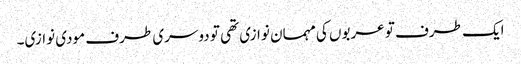
ایک طرف تو عربوں کی مہمان نوازی تھی تو دوسری طرف مودی نوازی۔